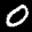
Label: 0